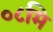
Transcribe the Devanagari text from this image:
०८मि